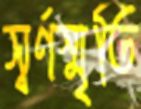
স্বর্ণস্মৃতি